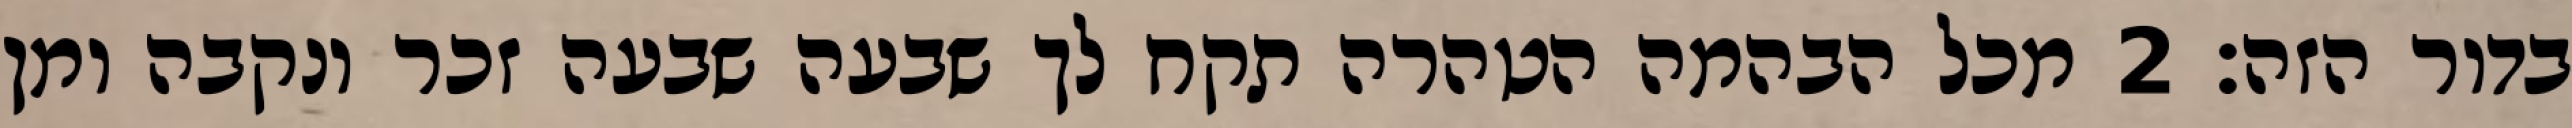
בדור הזה׃ ‎2‏ מכל הבהמה הטהרה תקח לך שבעה שבעה זכר ונקבה ומן